Plague in India, 1896, 1897 - Volume 1
Year: 1896
Disease focus: Plague
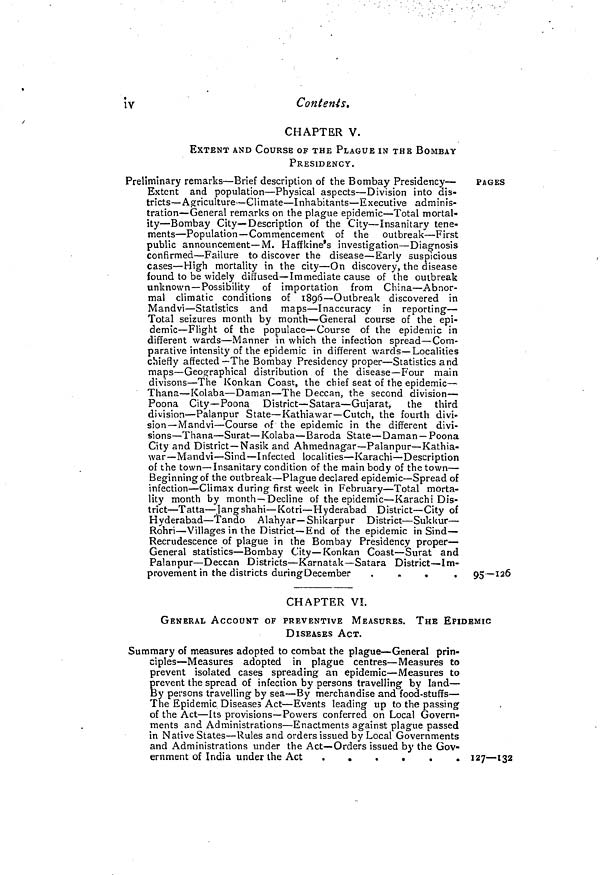
iv
Contents.
CHAPTER V.
EXTENT AND COURSE OF THE PLAGUE IN THE BOMBAY
PRESIDENCY.
Preliminary remarks—Brief description of the Bombay Presidency—
PAGES
Extent and population—Physical aspects—Division into dis-
tricts—Agriculture—Climate—Inhabitants—Executive adminis-
tration—General remarks on the plague epidemic—Total mortal-
ity—Bombay City—Description of the City—Insanitary tene-
ments—Population—Commencement of the
outbreak—First
public announcement—M. Haffkine's investigation—Diagnosis
confirmed—Failure to discover the disease—Early suspicious
cases—High mortality in the city—On discovery, the disease
found to be widely diffused—Immediate cause of the outbreak
unknown—Possibility of importation from China—Abnor-
mal climatic conditions of 1896—Outbreak discovered in
Mandvi—Statistics and maps—Inaccuracy in reporting—
Total seizures month by month—General course of the epi-
demic—Flight of the populace—Course of the epidemic in
different wards—Manner in which the infection spread—Com-
parative intensity of the epidemic in different wards—Localities
chiefly affected—The Bombay Presidency proper—Statistics and
maps—Geographical distribution of the disease—Four main
divisons—The Konkan Coast, the chief seat of the epidemic—
Thana—Kolaba—Daman—The Deccan, the second division—
Poona City—Poona District—Satara—Gujarat,
the third
division—Palanpur State—Kathiawar—Cutch, the fourth divi-
sion—Mandvi—Course of the epidemic in the different divi-
sions—Thana—Surat—Kolaba—Baroda
State—Daman—Poona
City and District—Nasik and Ahmednagar—Palanpur—Kathia-
war—Mandvi—Sind—Infected localities—Karachi—Description
of the town—Insanitary condition of the main body of the town—
Beginning of the outbreak—Plague declared epidemic—Spread of
infection—Climax during first week in February—Total morta-
lity month by month—Decline of the epidemic—Karachi Dis-
trict—Tatta—Jang shahi—Kotri—Hyderabad District—City of
Hyderabad—Tando Alahyar—Shikarpur District—Sukkur—
Rohri—Villages in the District—End of the epidemic in Sind—
Recrudescence of plague in the Bombay Presidency proper—
General statistics—Bombay City—Konkan Coast—Surat and
Palanpur—Deccan Districts—Karnatak—Satara
District—Im-
provement in the districts during December
....
95—126
CHAPTER VI.
GENERAL ACCOUNT OF PREVENTIVE MEASURES. THE EPIDEMIC
DISEASES ACT.
Summary of measures adopted to combat the plague—General prin-
ciples—Measures adopted in plague centres—Measures to
prevent isolated cases spreading an epidemic—Measures to
prevent the spread of infection by persons travelling by land—
By persons travelling by sea—By merchandise and food-stuffs—
The Epidemic Diseases Act—Events leading up to the passing
of the Act—Its provisions—Powers conferred on Local Govern-
ments and Administrations—Enactments against plague passed
in Native States—Rules and orders issued by Local Governments
and Administrations under the Act—Orders issued by the Gov-
ernment of India under the Act
127—132